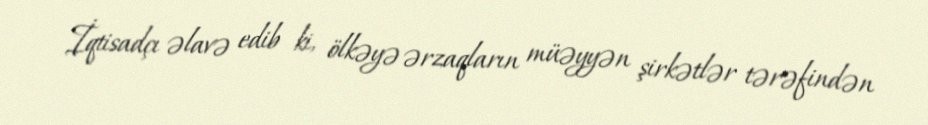
İqtisadçı əlavə edib ki, ölkəyə ərzaqların müəyyən şirkətlər tərəfindən